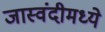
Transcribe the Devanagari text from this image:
जास्वंदीमध्ये